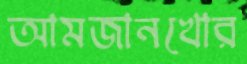
আমজানখোর